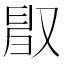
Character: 𠭜